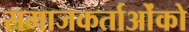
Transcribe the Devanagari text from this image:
समाजकर्ताओंको